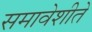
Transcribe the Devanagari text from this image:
समावेशीते